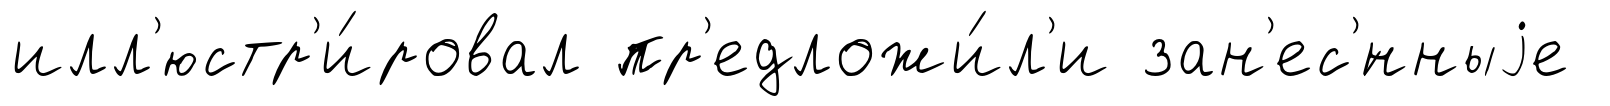
илл'юстр'и́ровал пр'едложи́л'и зан'ес'́нныjе